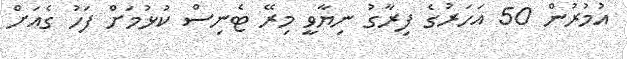
އުމުރުން 50 އަހަރުގެ ފިރާގު ނިޔާވީ މިރޭ ޓެނިސް ކުޅުމަށް ފަހު ގެއަށް